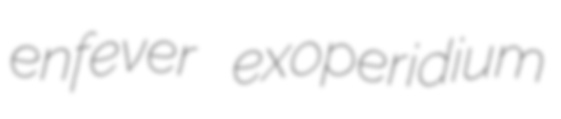
enfever exoperidium